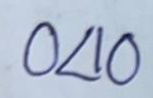
040